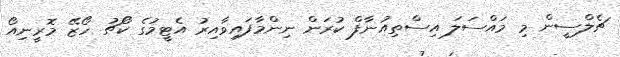
ޗެލްސީން މި މައްސަލަ އިސްތިއުނާފް ކުރަން ނިންމާފައިވާއިރު އެޓީމުގެ ކޯޗު ހޯޒޭ މޮރީނިއޯ